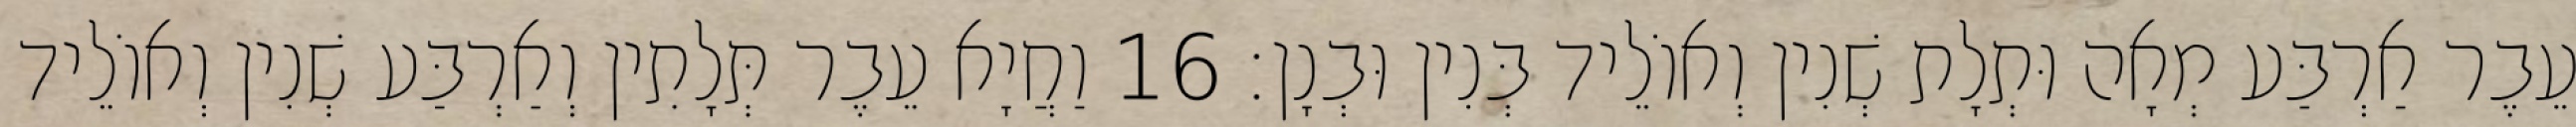
עֵבֶר אַרְבַּע מְאָה וּתְלָת שְׁנִין וְאוֹלֵיד בְּנִין וּבְנָן׃ 16 וַחֲיָא עֵבֶר תְּלָתִין וְאַרְבַּע שְׁנִין וְאוֹלֵיד